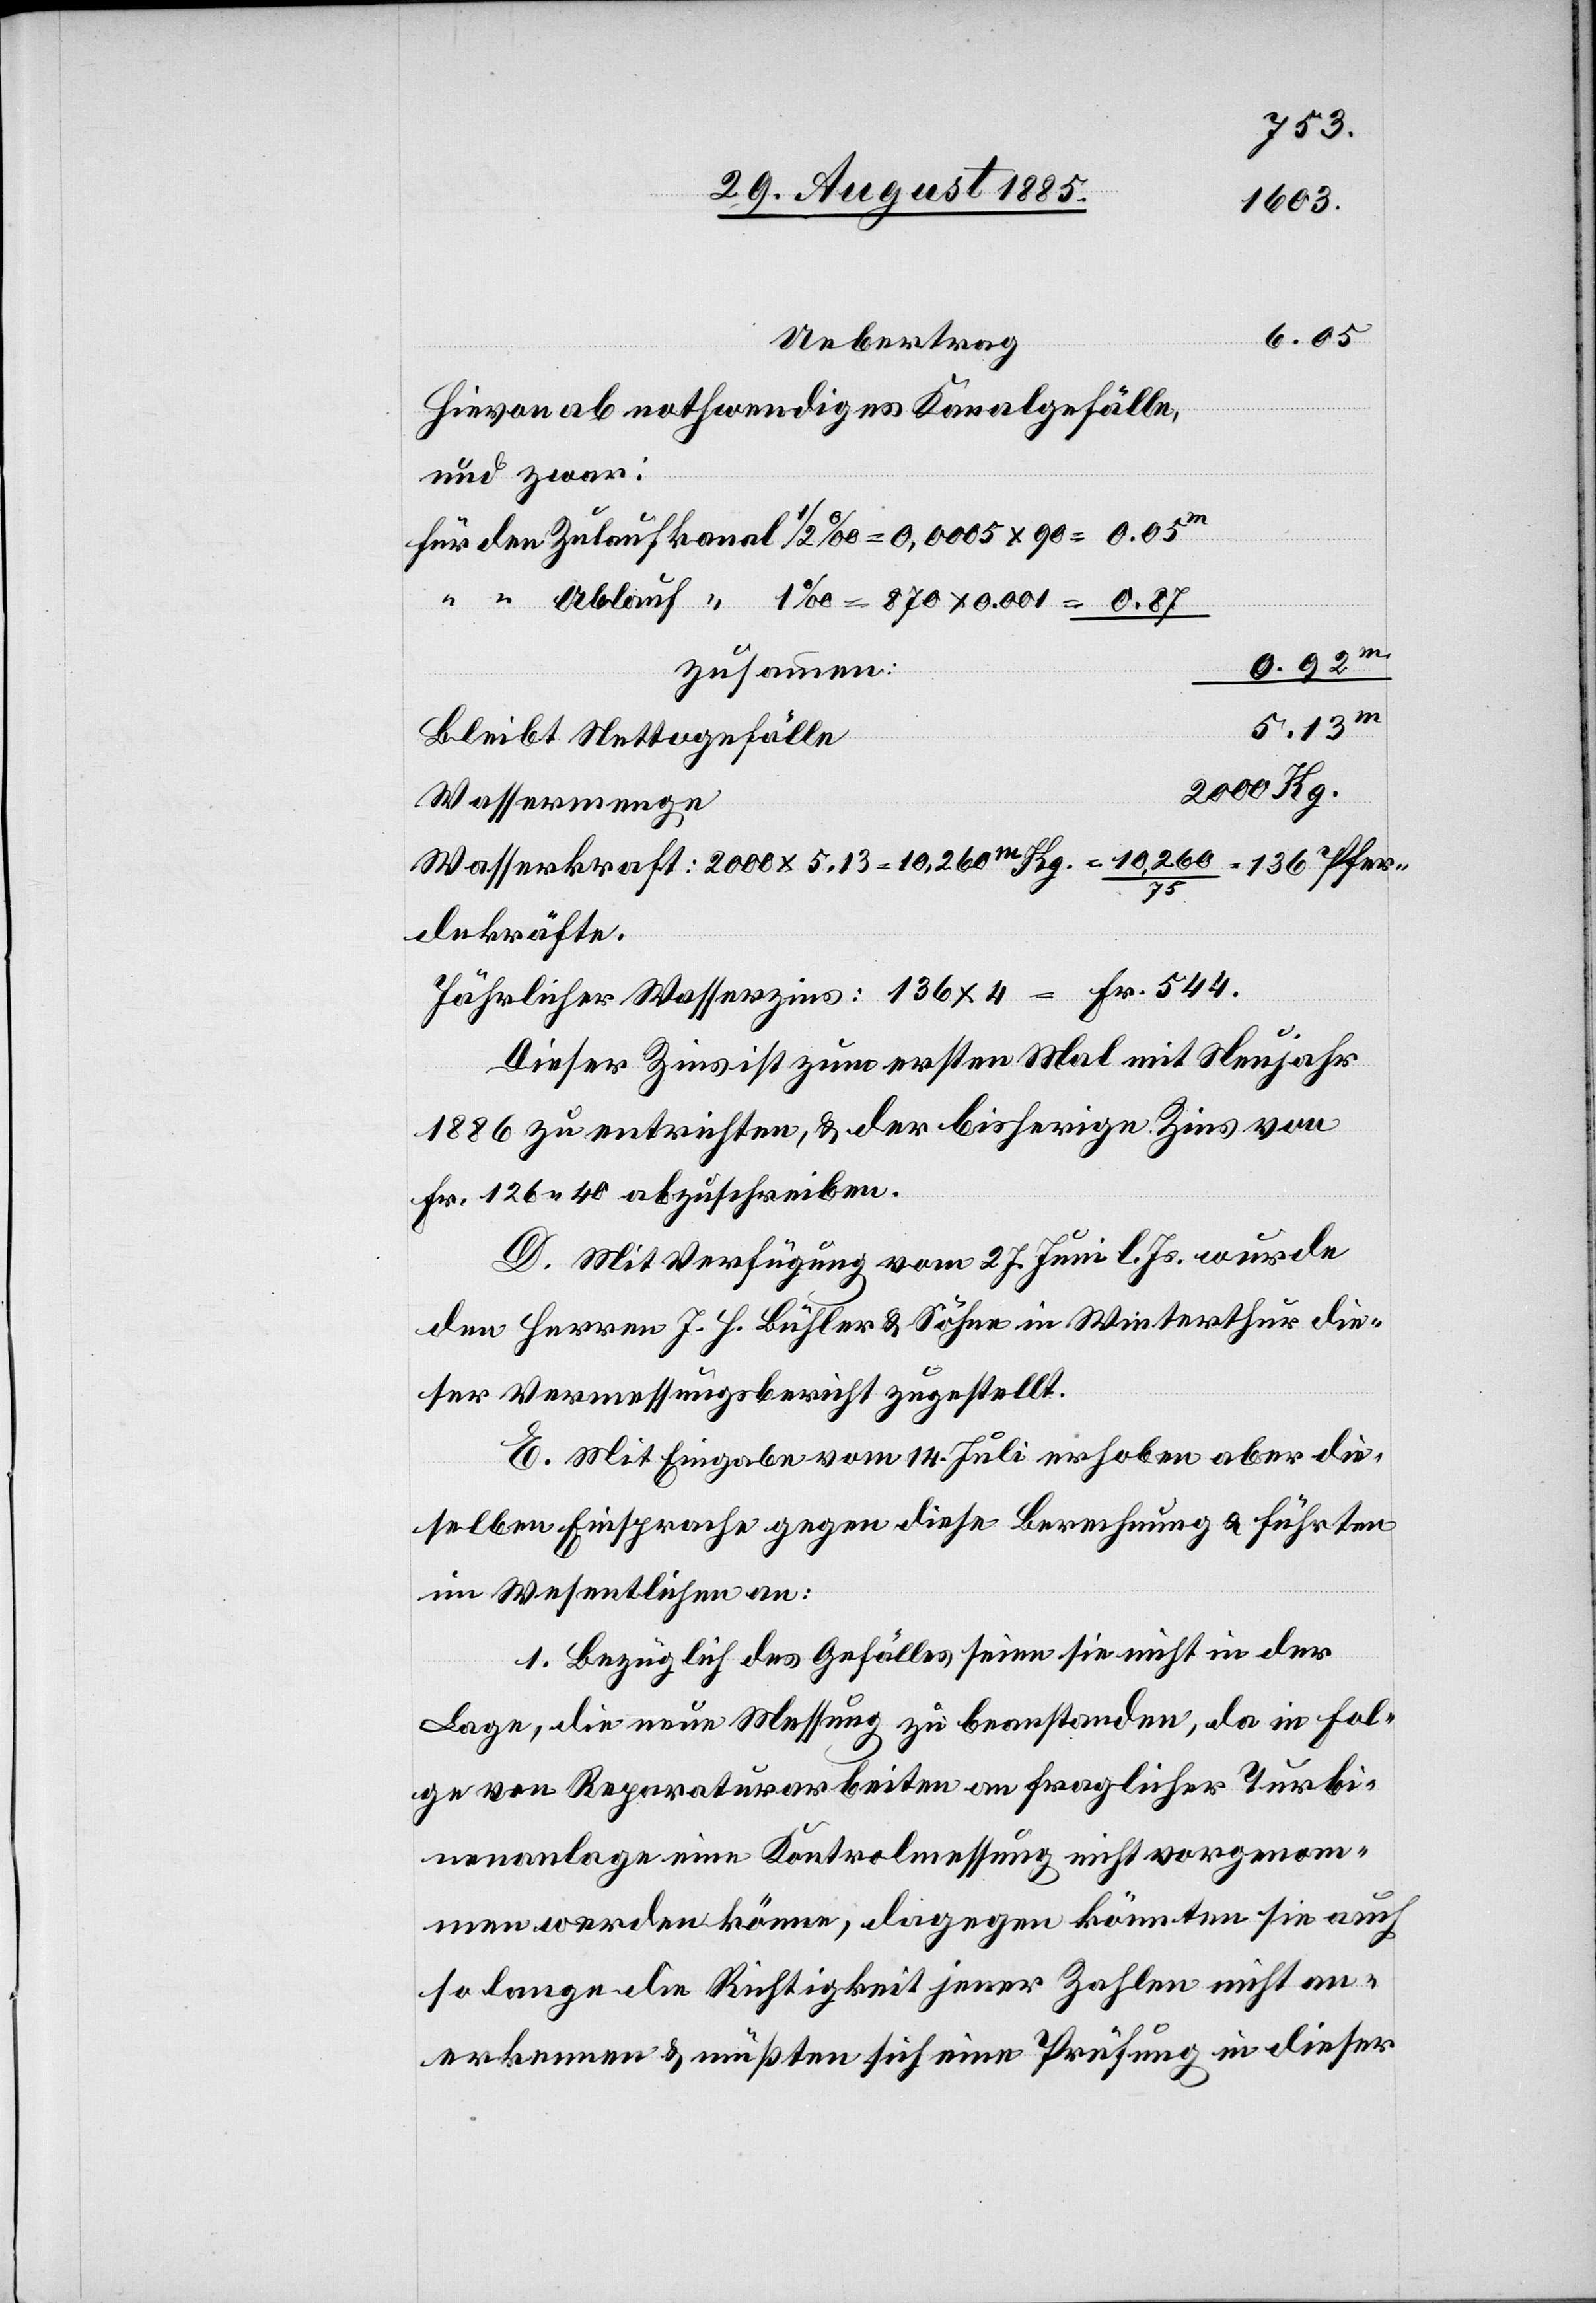
Uebertrag
Hievon ab nothwendiges Kanalgefälle,
und zwar:
0.92m
zusammen:
5.13m
Bleibt Nettogefälle
2000 Kg.
Wassermenge
Jährlicher Wasserzins: 136 x 4 = Fr. 544.
Dieser Zins ist zum ersten Mal mit Neujahr
1886 zu entrichten, & der bisherige Zins von
Fr. 126 40 abzuschreiben.
D. Mit Verfügung vom 27. Juni l. Js. wurde
den Herren J. H. Bühler & Söhne in Winterthur die¬
ser Vermessungsbericht zugestellt.
E. Mit Eingabe vom 14. Juli erhoben aber die¬
selben Einsprache gegen diese Berechnung & führten
im Wesentlichen an:
1. Bezüglich des Gefälles seien sie nicht in der
Lage, die neue Messung zu beanstanden, da in Fol¬
ge von Reparaturarbeiten an fraglicher Turbi¬
nenanlage eine Kontrolmessung nicht vorgenom¬
men werden könne, dagegen könnten sie auch
solange die Richtigkeit jener Zahlen nicht an¬
erkennen & müßten sich eine Prüfung in dieser